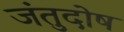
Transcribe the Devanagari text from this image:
जंतुदोष